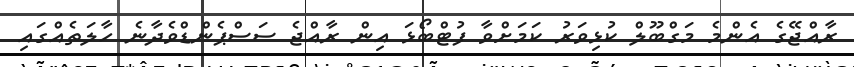
ރާއްޖޭގެ އެންމެ މަގްބޫލް ކުޅިވަރު ކަމަށްވާ ފުޓްބޯޅަ އިން ރާއްޖެ ސަސްޕެންޑްވެދާނެ ހާލަތެއްގައި